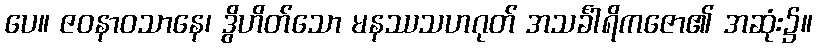
ပေ။ ဇဝနာဝသာနေ၊ ဒွိဟိတ်သော မနဿသဟဂုတ် အသင်္ခါရိကဇော၏ အဆုံး၌။